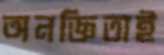
অনজ্ঞিতাই